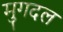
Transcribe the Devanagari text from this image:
मुगदल